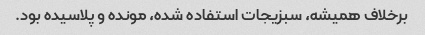
برخلاف همیشه، سبزیجات استفاده شده، مونده و پلاسیده بود.